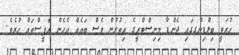
ހުރަވީ ބިލްޑިންގގައި ޖެންޑާ މިނިސްޓްރީގެ އިތުރުން ވެސް ބައެއް އެހެން އޮފީސްތައް ހުރެެވެ.